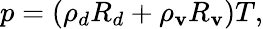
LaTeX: p=(\rho_{d}R_{d}+\rho_{\mathbf{v}}R_{\mathbf{v}})T,